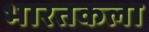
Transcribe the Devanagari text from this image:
भारतकला